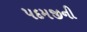
પદમજીની